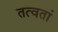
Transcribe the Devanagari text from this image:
तत्वतां